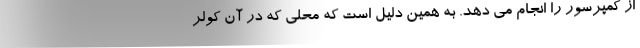
از کمپرسور را انجام می دهد. به همین دلیل است که محلی که در آن کولر